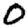
Digit: 0